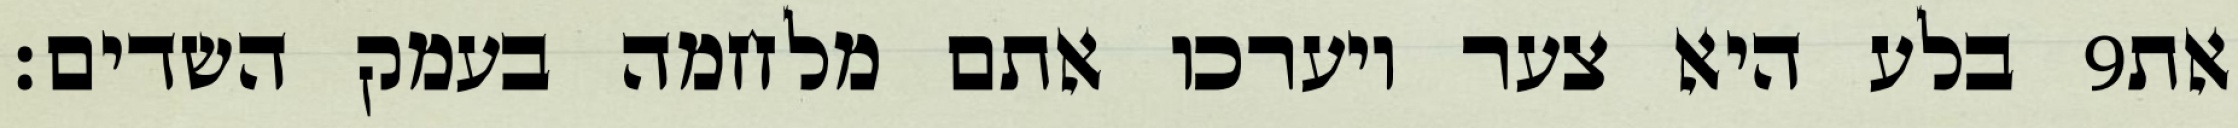
בלע היא צער ויערכו אתם מלחמה בעמק השדים׃ ‎9‏ את